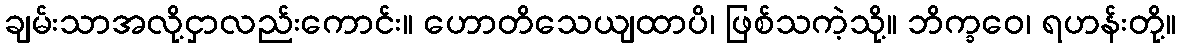
ချမ်းသာအလို့ငှာလည်းကောင်း။ ဟောတိသေယျထာပိ၊ ဖြစ်သကဲ့သို့။ ဘိက္ခဝေ၊ ရဟန်းတို့။